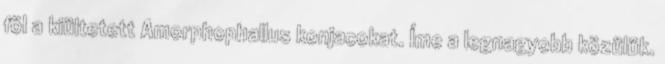
föl a kiültetett Amorphophallus konjacokat. Íme a legnagyobb közülük.